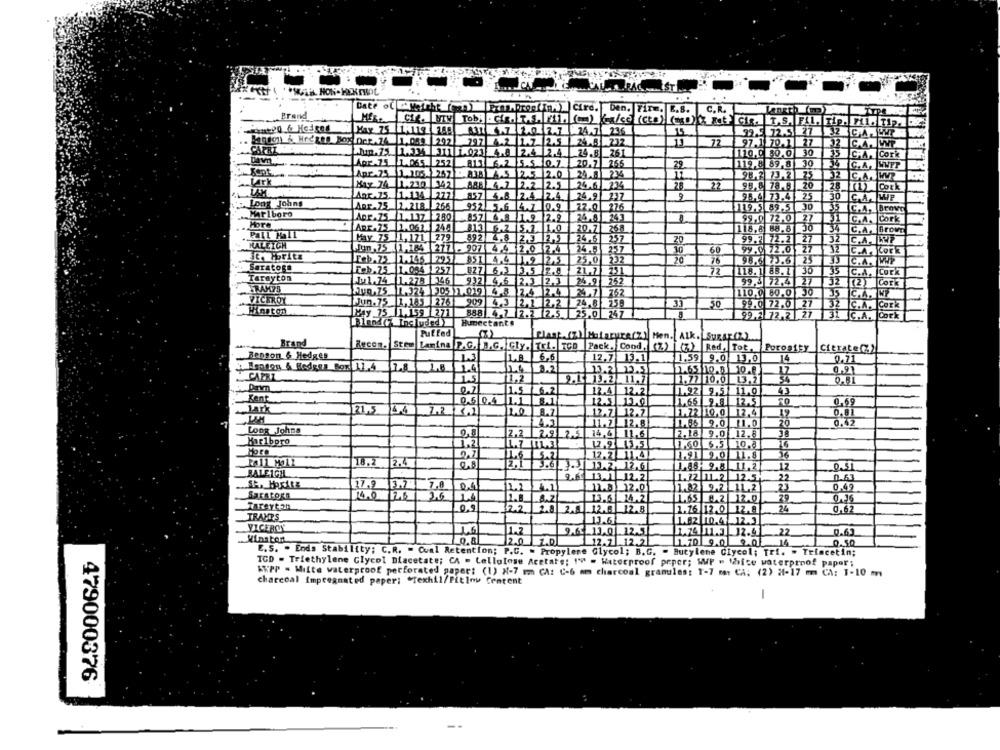
Date of leicht APARORTAM Cire. Den. Firm. E.S. C.R.
Prand
24.7 23.6
33.5 72.5. 27 32 G.A JUMP
. Bandon & Hreges Joy Der.74 1.059 |292 797
4.2 1.7
12.5
24.8 232
13
12
CAPRI
4.8 2.4
2.4
97.1 70.1 27 2 C.A. WWP
24.8 _261
110,0 30.0 30
ICHA. Cork
Dawn
APP-75_ 1.065 252
813
6.2 5.5
0.7
20.7
265
29
119,8 89,8 30 X C.A. WWPP
Apr.25 1.105.1 257
234
83B A.5 12.5 2.0
12
98.7 73.2 75
2 C.A.WP
Lark
Hay 74 1.220
342
888 4.7 2.2 2.5
24.61 234
22
95,6 78.5 20
28 TI A Cork
ART.75.
1.134
277
857 4.8 2.4 2.4
24.9| 237
98.4 73.4 25
Long Johng
30 C.A. WP
ABr.75 2.218 265
952 5.6 4.7 0.9
77.0 276
119.5 89.5 30
35
C.A. Brown
Marlboro
ADr.75 1.137 280
857 4.8 1.9 2.9
24.8 243
99,0 72.0 27
31
C.A. Cork
More
Pall Mall
ART.75 1.061 248
813 6.2 5.2 1.0
20.7 268
118.8 88.8 30
34
C.A. BroVE
May 75 1,171 279
892 4.8
12.3
24.6 257
20
99.3 72.2 27
52
C.A.WSP
KALEIGH
un ,75 1,184 217 - 907 4 4 2.0 2.4
257
St. Moritz
24,5
30
60
99.0 72.0 27
12
C.A. COFE
Feb.23. 1.145 2957 851 4.4 1.9 2.5
25,0
232
20
98.6 2.6 25
C.A. WWP
Saratoga
Feb. 75 1.054 1 257
827 6,3 3.5 2.8
21,7 251
72
118.1 88. 1 30
35
Tarayton
C.A. Cork
Ju1.74 1.278 346
932 4.6 2.3 2,3
24.9 252
99,3 72.4 27
JZ
[(2)
Cork
AQ,75 1.374 205 1.019 4.5 2.4
12.4
26.7 752
110,0 80.0 30
35
VICEROY
Jun.75 1,185 276)
909 4.3 2.1 2.2
24.8 258
3
50
99.0 72.0 27
132 C.A. Conk
Winston
May 75 1,159 271
888 4.7 2.2 2.5 25.0 257
99.2 72.2 27 31 C.A. Cock
Bland (7 Included)
Humectante
Puffed
Plant.(z) Malarura(z) Men. Alk. SURAF (2)
Brand
Recon. Stor Lamina P.G. B.G. Gly. Tri. TCD
Pack. Cond, (7) (7) Red, Tot, Porosity Cierate(%)
. Renson & Hedges
1.3
6,6
12.7 13.1
1.59 9.0 13,0
14
0.71
7.8
1.4
3.2
CAPRI
13.2 12.5
1.65 10.5 10.6
17
0,91
1.5
11.2
9.5 13.2 . 11.7
1.77 10.0 13.2
0.7
1.5
12.4 12.2
1.92 9,5 11,0
43
Kent
-
0.5 0.4
11.1
12.3 13.0
1.65 9. 12.5
0,69
Lark
121,5
4.4
1.2 .1
8.7
12.7 12.7
1.72 10,0 12.4
4.3
19
0,01
-7
11.7 12.8
1.85 9.0 11.0
20
0.42
Long Johna
2.2
2.91 2.5
14,4 11.6
2.18 9.0 12.8
38
Marlboro
1,21
12.9 43,5
₹160 6.5 10.8
9.7
5.7
12.2 11.4
1.91 9.0 11.8
36
18.2 2.4
2,1
11.2
12
0.51
RALEIGHL
3.4. 1.2. 12.6
9.64
12.2
1.22 11.2
12.5
22
0.63
17.2
12.0'
1.82 9.2 1L.2
23
0.42
SaKAROKE
14.0
FAS
7,0
13.5 34.2
1.65 .2 12.0
29
0,36
Tareyt 20
0.0
2.1
12.0 12.8
1.76 12 0 12.8
24
0,62
TRAMPS
13.6
1.82 10.4 12.3
VICEROY
11.2
9.6. 11.0 .12.5]
1.74 11.3 12.41 -22
Winston
0.8
12.0
12.2 .12.2
Z.DL
0.50
E. S. - Ends Stability; C.R. = Cual Retention; P.G. > Propylene Glycol; B.G. " Butylene Glycol; Tri. . Triacetin;
TCD - Triethylene Glycol Diacetate; CA - Cellulose Acetate: 19 - Waterproof peper; WP " White waterproof paper;
SUPP = Milte waterproof perforated paper: (1) X-7 um CA: C-6 am charcoal granules: 1-7 mm CA: (2) 21-17 m CA: 1-10 m
charcoal impregnated peper: "Texhil/Pitlow Content
-
479000376